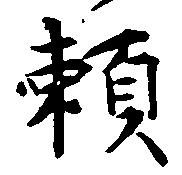
頼